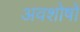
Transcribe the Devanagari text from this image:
अवशोषों